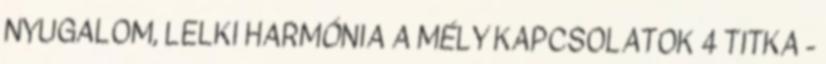
NYUGALOM, LELKI HARMÓNIA A MÉLY KAPCSOLATOK 4 TITKA -